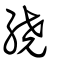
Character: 繞